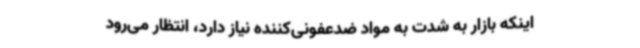
اینکه بازار به شدت به مواد ضدعفونی‌کننده نیاز دارد، انتظار می‌رود